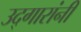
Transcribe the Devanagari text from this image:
उद्गारांनी